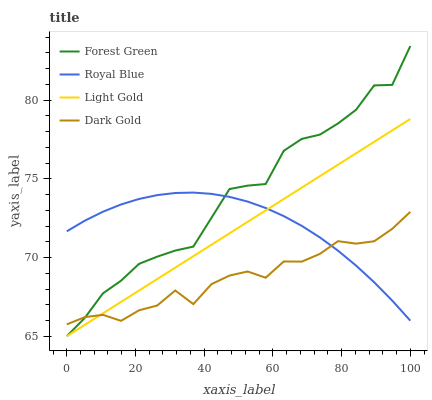
| xaxis_label | Forest Green | Royal Blue | Light Gold | Dark Gold |
 | --- | --- | --- | --- | --- |
 | 0 | 65 | 71.7 | 65 | 65.8 |
 | 5.26 | 66.2 | 72.3 | 65.7 | 66.2 |
 | 10.5 | 67.7 | 72.9 | 66.5 | 66.4 |
 | 15.8 | 68.5 | 73.4 | 67.2 | 66 |
 | 21.1 | 69.6 | 73.7 | 67.9 | 66.7 |
 | 26.3 | 70.1 | 74 | 68.6 | 67 |
 | 31.6 | 70.4 | 74.1 | 69.4 | 67.9 |
 | 36.8 | 70.7 | 74.1 | 70.1 | 67 |
 | 42.1 | 72.5 | 74 | 70.8 | 68.3 |
 | 47.4 | 74.4 | 73.9 | 71.5 | 68.9 |
 | 52.6 | 74.6 | 73.6 | 72.3 | 69.1 |
 | 57.9 | 74.7 | 73.1 | 73 | 68.7 |
 | 63.2 | 76.8 | 72.6 | 73.7 | 69.8 |
 | 68.4 | 77.5 | 72 | 74.4 | 69.7 |
 | 73.7 | 77.8 | 71.3 | 75.2 | 70.2 |
 | 78.9 | 78.5 | 70.4 | 75.9 | 71 |
 | 84.2 | 79.4 | 69.5 | 76.6 | 70.9 |
 | 89.5 | 80.9 | 68.4 | 77.4 | 71 |
 | 94.7 | 81 | 67.3 | 78.1 | 71.8 |
 | 100 | 83.4 | 66 | 78.8 | 72.9 |